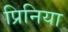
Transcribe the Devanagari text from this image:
प्रिनिया